65_HS1-834228961_62-HQ-83894_Section_5
Agency: FBI
Page 29
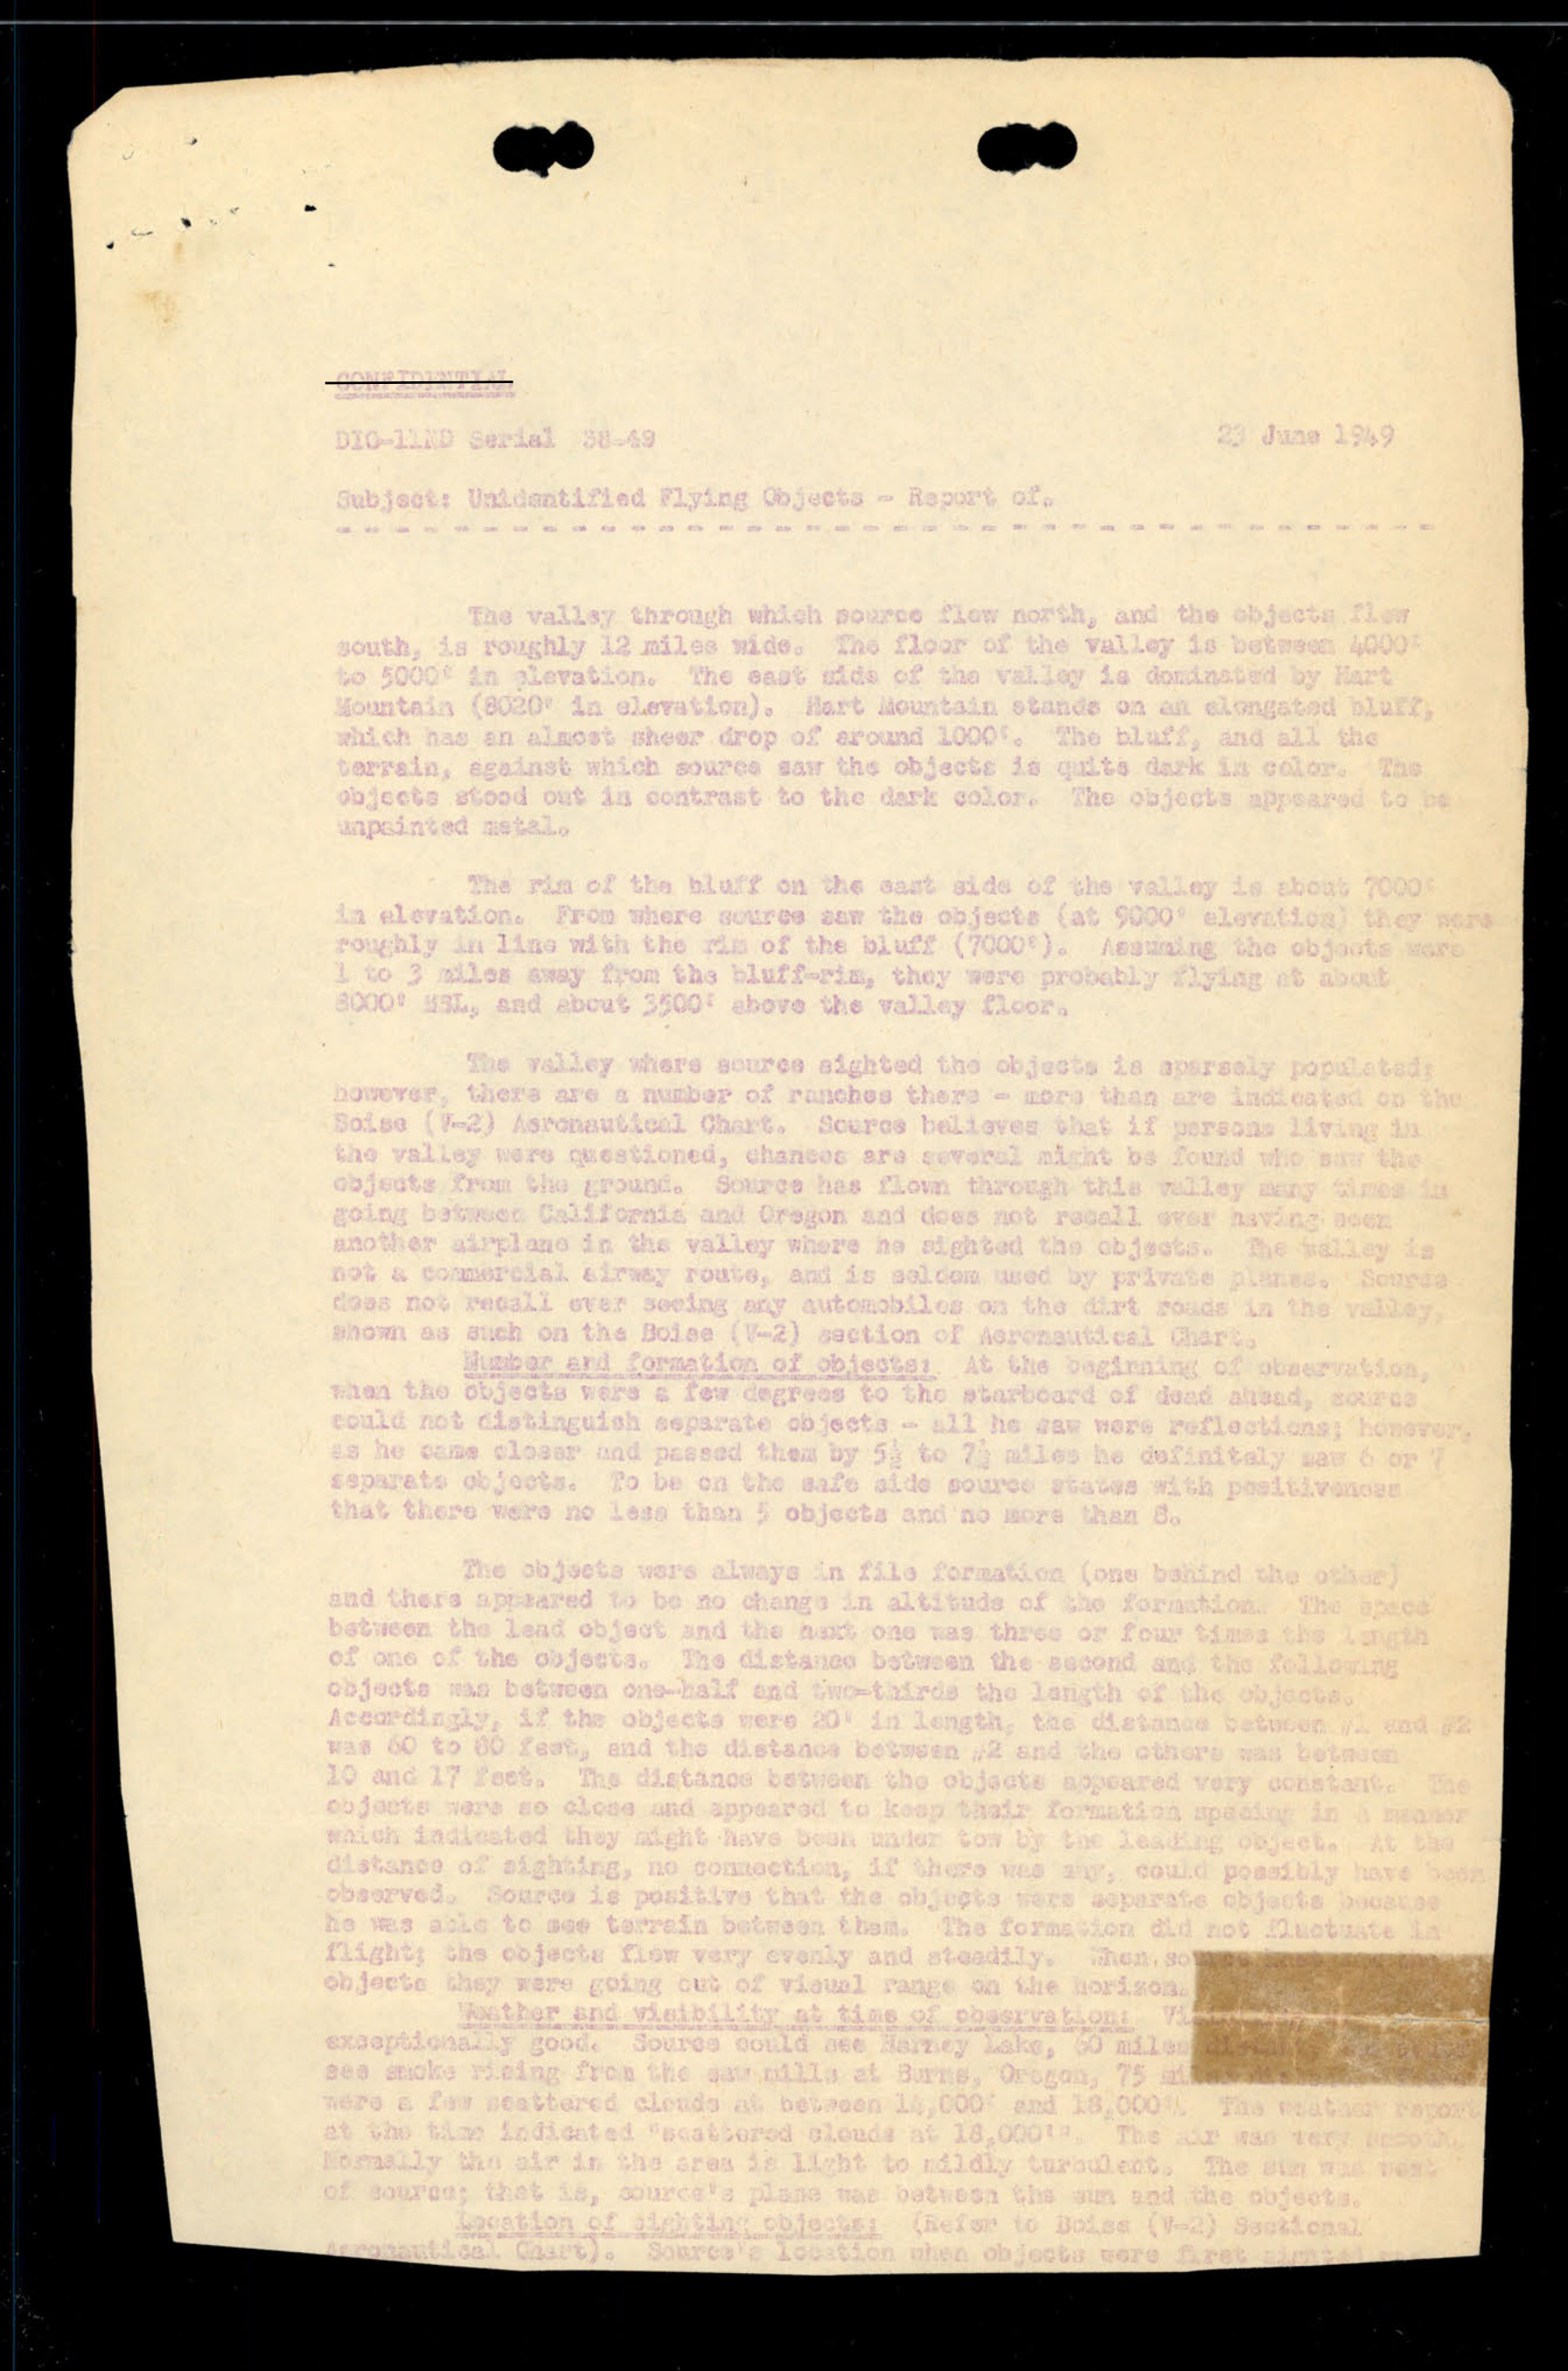